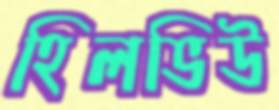
হিলভিউ